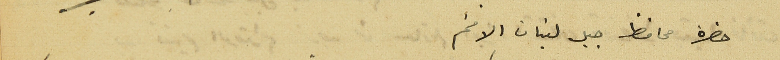
حضرة محافظ جبل لبنان الافخم